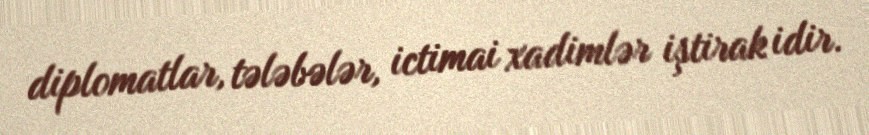
diplomatlar, tələbələr, ictimai xadimlər iştirak idir.